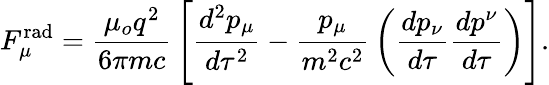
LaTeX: F_{\mu}^{\mathrm{rad}}={\frac{\mu_{o}q^{2}}{6\pi mc}}\left[{\frac{d^{2}p_{\mu}}{d\tau^{2}}}-{\frac{p_{\mu}}{m^{2}c^{2}}}\left({\frac{dp_{\nu}}{d\tau}}{\frac{dp^{\nu}}{d\tau}}\right)\right].